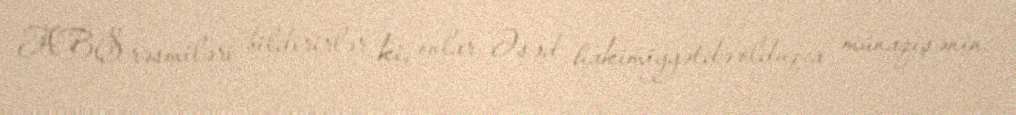
ABŞ rəsmiləri bildirirlər ki, onlar Əsəd hakimiyyətdə olduqca münaqişənin